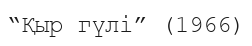
“Қыр гүлі” (1966)